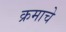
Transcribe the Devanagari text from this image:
क्रमाचे